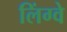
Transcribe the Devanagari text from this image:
लिंग्वे